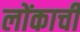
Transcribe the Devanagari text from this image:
लोंकाची